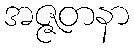
အဇ္ဇတနာ